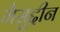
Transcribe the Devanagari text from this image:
गैसुद्दीन